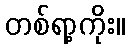
တစ်ရာ့ကိုး။